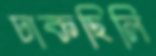
ঢাকছিলি